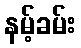
နမ့်ခမ်း